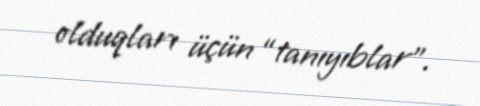
olduqları üçün “tanıyıblar”.